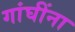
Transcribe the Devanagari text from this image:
गांघींना